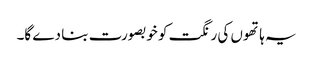
یہ ہاتھوں کی رنگت کو خوبصورت بنا دے گا۔